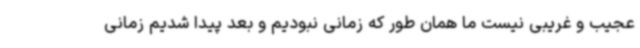
عجیب و غریبی نیست ما همان طور که زمانی نبودیم و بعد پیدا شدیم زمانی